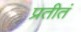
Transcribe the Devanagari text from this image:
प्रतीतं